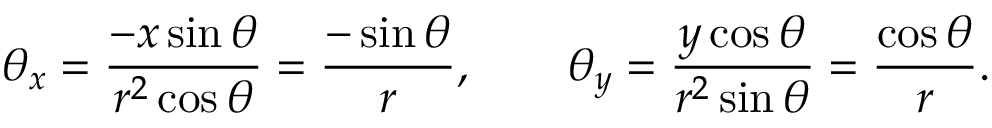
\theta _ { x } = \frac { - x \sin \theta } { r ^ { 2 } \cos \theta } = \frac { - \sin \theta } { r } , \qquad \theta _ { y } = \frac { y \cos \theta } { r ^ { 2 } \sin \theta } = \frac { \cos \theta } { r } .